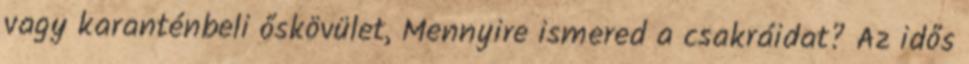
vagy karanténbeli őskövület, Mennyire ismered a csakráidat? Az idős